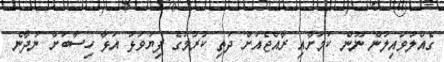
ގެއްލުވައިލުން ނޫން ކަމަށާއި ރާއްޖެއަށް ދަތި ކުރުމުގެ ފިޔަވަޅު އަޅާ ހިސާބަށް ނުދާނެ